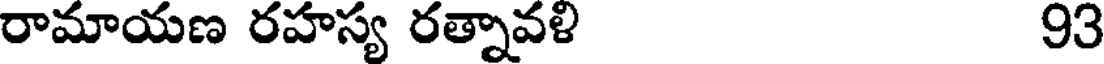
రామాయణ రహస్య రత్నావళి 93